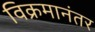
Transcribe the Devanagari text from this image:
विक्रमानंतर